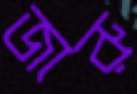
জারু